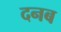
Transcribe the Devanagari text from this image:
दनब